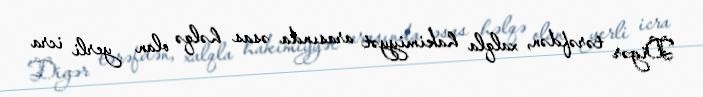
Digər tərəfdən, xalqla hakimiyyət arasında əsas həlqə olan yerli icra